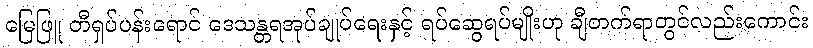
မြေဖြူ တီရှပ်ပန်းရောင် ဒေသန္တရအုပ်ချုပ်ရေးနှင့် ရပ်ဆွေရပ်မျိုးဟု ချီတက်ရာတွင်လည်းကောင်း